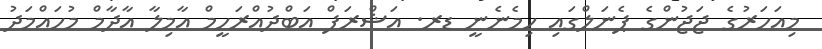
މިއަހަރުގެ ޖަޖުންގެ ޕެނަލްގައި ހިމެނެނީ ޑރ. އަޝްރަފް އަބްދުއްރަހީމް އާމިލާ އާދާމް މުހައްމަދު